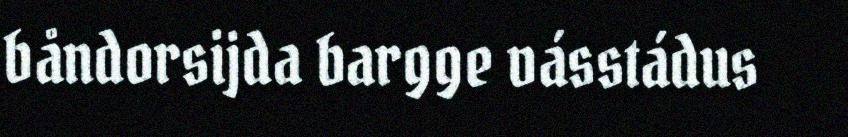
båndorsijda bargge vásstádus